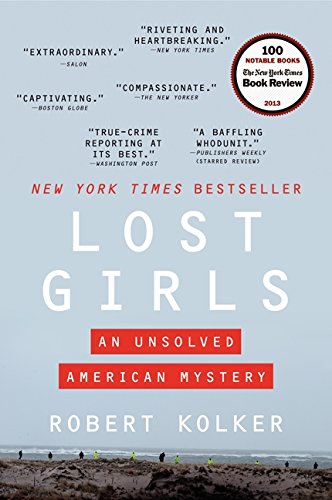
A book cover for Lost Girls: An Unsolved American Mystery; Robert Kolker; Parenting & Relationships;